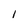
Character: l